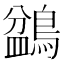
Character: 𪂽